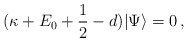
\begin{align*}(\kappa+E_0+\frac{1}{2}-d)|\Psi\rangle=0\,,\end{align*}